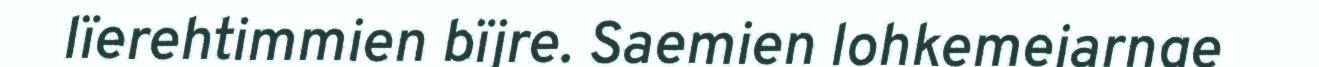
lïerehtimmien bïjre. Saemien lohkemejarnge